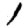
Digit: 1